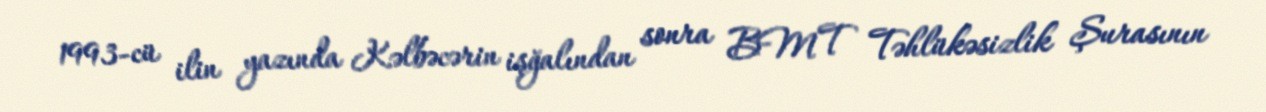
1993-cü ilin yazında Kəlbəcərin işğalından sonra BMT Təhlükəsizlik Şurasının